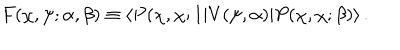
LaTeX: F ( \chi , \psi ; \alpha , \beta ) \equiv \langle P ( \chi , \chi ; 1 | V ( \psi , \alpha ) | P ( \chi , \chi ; \beta ) \rangle \, .